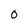
Character: 0